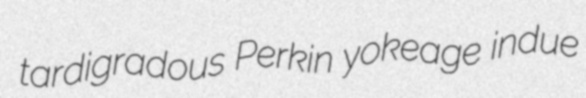
tardigradous Perkin yokeage indue